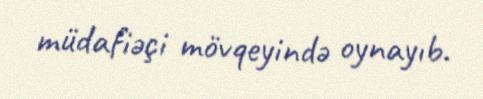
müdafiəçi mövqeyində oynayıb.